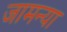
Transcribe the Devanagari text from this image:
जामन्या